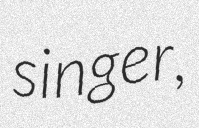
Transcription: singer,